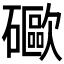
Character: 𥗄